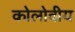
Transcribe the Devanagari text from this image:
कोलोवीय